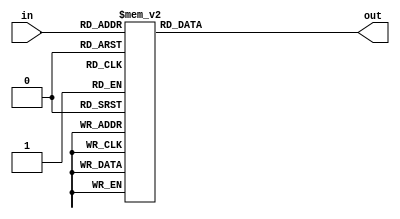
module S6 (in,out);
input [5:0]in;
output reg [3:0]out;

always @ (*)
	begin
	 case(in)
		6'b000000: out = 4'd12; //00 0000
		6'b000001: out = 4'd10; //01 0000
		6'b000010: out = 4'd1; //00 0001
		6'b000011: out = 4'd15; //01 0001
		6'b000100: out = 4'd10; //00 0010
		6'b000101: out = 4'd4; //01 0010
		6'b000110: out = 4'd15; //00 0011
		6'b000111: out = 4'd2; //01 0011
		6'b001000: out = 4'd9; //00 0100
		6'b001001: out = 4'd7; //01 0100
		6'b001010: out = 4'd2; //00 0101
		6'b001011: out = 4'd12; // 01 0101
		6'b001100: out = 4'd6; //00 0110
		6'b001101: out = 4'd9; //01 0110
		6'b001110: out = 4'd8; //00 0111
		6'b001111: out = 4'd5; //01 0111
		6'b010000: out = 4'd0; //00 1000
		6'b010001: out = 4'd6; //01 1000
		6'b010010: out = 4'd13; //00 1001
		6'b010011: out = 4'd1; //01 1001
		6'b010100: out = 4'd3; //00 1010
		6'b010101: out = 4'd13; //01 1010
		6'b010110: out = 4'd4; //00 1011
		6'b010111: out = 4'd14; //01 1011
		6'b011000: out = 4'd14; //00 1100
		6'b011001: out = 4'd0; //01 1100
		6'b011010: out = 4'd7; //00 1101
		6'b011011: out = 4'd11; //01 1101
		6'b011100: out = 4'd5; //00 1110
		6'b011101: out = 4'd3; //01 1110
		6'b011110: out = 4'd11; //00 1111
		6'b011111: out = 4'd8; //01 1111
		6'b100000: out = 4'd9; //10 0000
		6'b100001: out = 4'd4; //11 0000
		6'b100010: out = 4'd14; //10 0001
		6'b100011: out = 4'd3; //11 0001
		6'b100100: out = 4'd15; //10 0010
		6'b100101: out = 4'd2; //11 0010
		6'b100110: out = 4'd5; //10 0011 
		6'b100111: out = 4'd12; //11 0011
		6'b101000: out = 4'd2; //10 0100
		6'b101001: out = 4'd9; //11 0100
		6'b101010: out = 4'd8; //10 0101
		6'b101011: out = 4'd5; //11 0101
		6'b101100: out = 4'd12; //10 0110
		6'b101101: out = 4'd15; //11 0110
		6'b101110: out = 4'd3; //10 0111
		6'b101111: out = 4'd10; //11 0111
		6'b110000: out = 4'd7; //10 1000
		6'b110001: out = 4'd11; //11 1000
		6'b110010: out = 4'd0; //10 1001
		6'b110011: out = 4'd14; //11 1001
		6'b110100: out = 4'd4; //10 1010
		6'b110101: out = 4'd1; //11 1010
		6'b110110: out = 4'd10; // 10 1011
		6'b110111: out = 4'd7; //11 1011
		6'b111000: out = 4'd1; //10 1100
		6'b111001: out = 4'd6; //11 1100
		6'b111010: out = 4'd13; //10 1101
		6'b111011: out = 4'd0; //11 1101
		6'b111100: out = 4'd11; //10 1110
		6'b111101: out = 4'd8; //11 1110
		6'b111110: out = 4'd6; //10 1111
		6'b111111: out = 4'd13; //11 1111
	endcase
end

endmodule